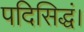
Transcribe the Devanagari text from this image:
पदिसिद्धं।